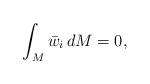
LaTeX: \begin{align*}\int_M \bar w_i \, dM=0, \end{align*}